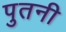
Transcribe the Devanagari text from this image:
पुतनी